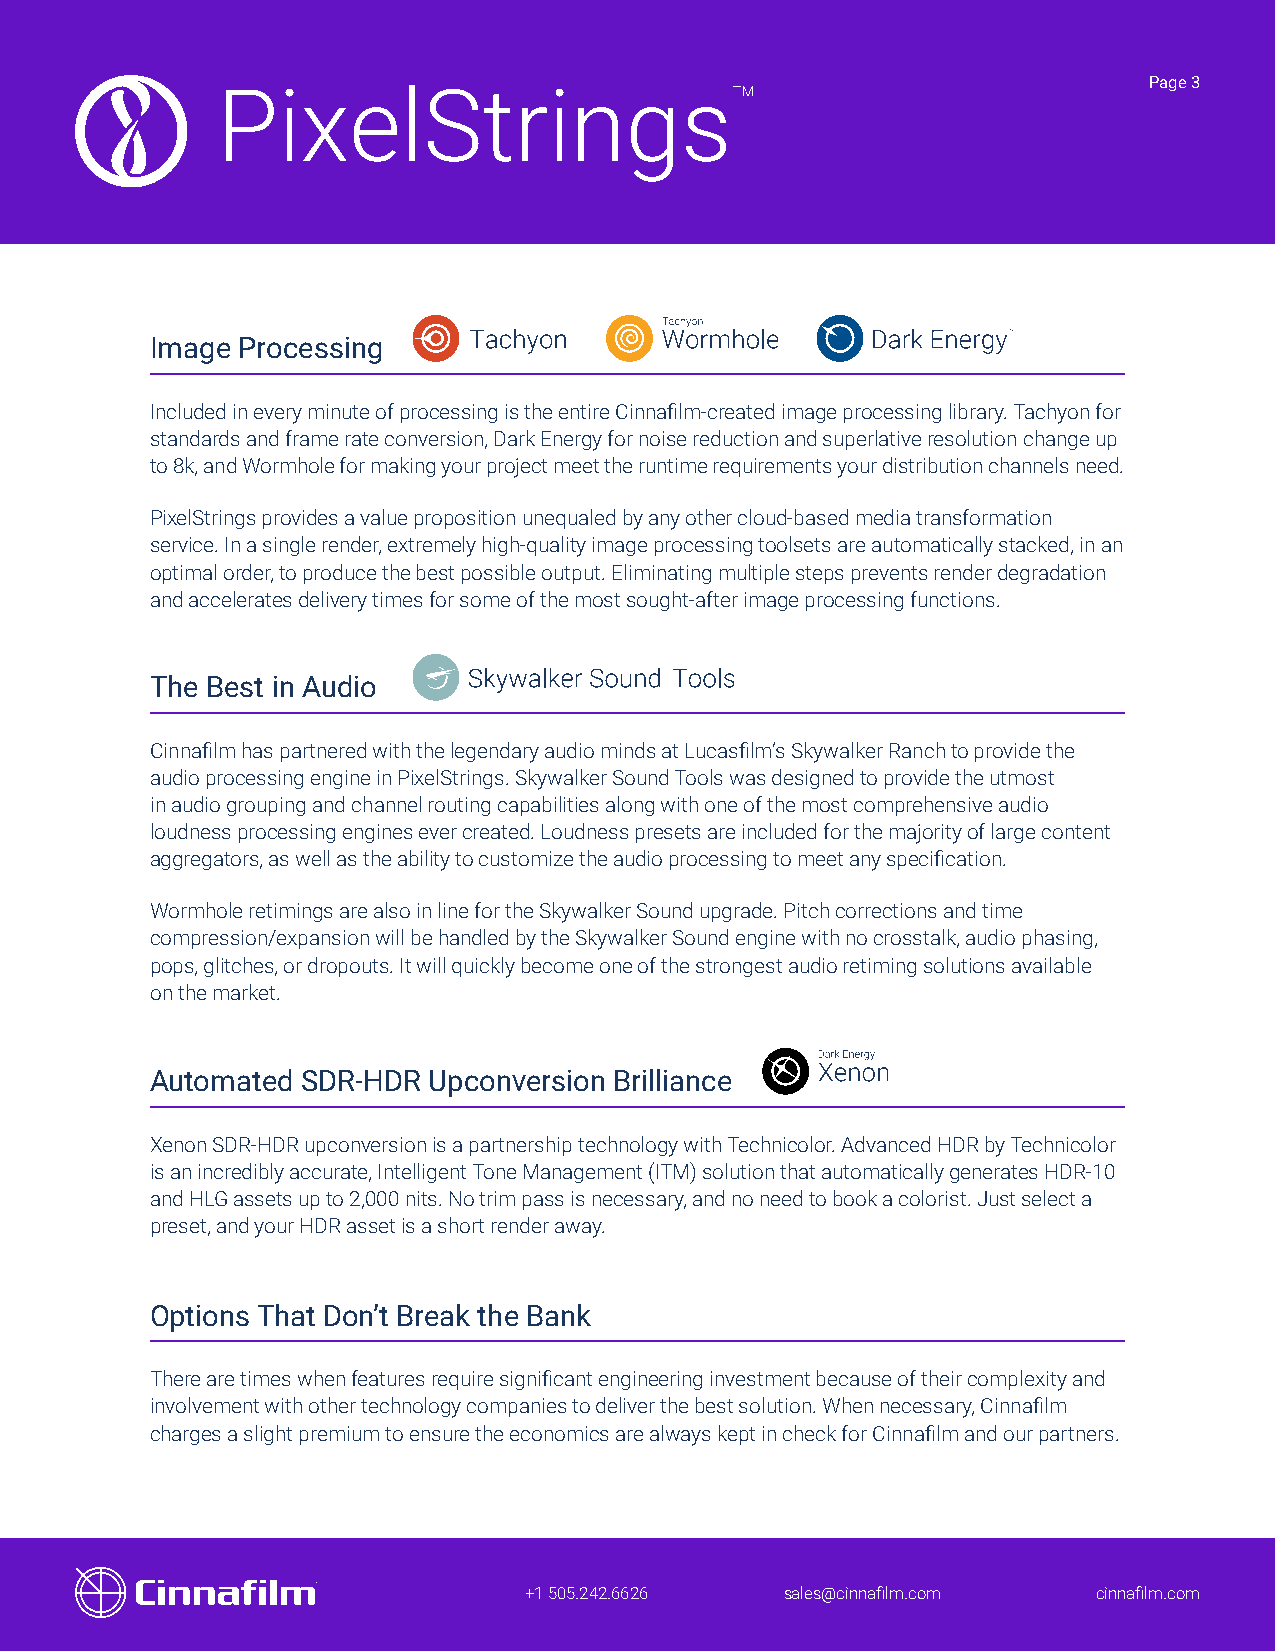
Page 3
 Image Processing
 Included in every minute of processing is the entire Cinnafilm-created image processing library. Tachyon for
 standards and frame rate conversion, Dark Energy for noise reduction and superlative resolution change up
 to 8k, and Wormhole for making your project meet the runtime requirements your distribution channels need.
 PixelStrings provides a value proposition unequaled by any other cloud-based media transformation
 service. In a single render, extremely high-quality image processing toolsets are automatically stacked, in an
 optimal order, to produce the best possible output. Eliminating multiple steps prevents render degradation
 and accelerates delivery times for some of the most sought-after image processing functions.
 The Best in Audio
 Cinnafilm has partnered with the legendary audio minds at Lucasfilm’s Skywalker Ranch to provide the
 audio processing engine in PixelStrings. Skywalker Sound Tools was designed to provide the utmost
 in audio grouping and channel routing capabilities along with one of the most comprehensive audio
 loudness processing engines ever created. Loudness presets are included for the majority of large content
 aggregators, as well as the ability to customize the audio processing to meet any specification.
 Wormhole retimings are also in line for the Skywalker Sound upgrade. Pitch corrections and time
 compression/expansion will be handled by the Skywalker Sound engine with no crosstalk, audio phasing,
 pops, glitches, or dropouts. It will quickly become one of the strongest audio retiming solutions available
 on the market.
 Automated SDR-HDR Upconversion Brilliance
 Xenon SDR-HDR upconversion is a partnership technology with Technicolor. Advanced HDR by Technicolor
 is an incredibly accurate, Intelligent Tone Management (ITM) solution that automatically generates HDR-10
 and HLG assets up to 2,000 nits. No trim pass is necessary, and no need to book a colorist. Just select a
 preset, and your HDR asset is a short render away.
 Options That Don’t Break the Bank
 There are times when features require significant engineering investment because of their complexity and
 involvement with other technology companies to deliver the best solution. When necessary, Cinnafilm
 charges a slight premium to ensure the economics are always kept in check for Cinnafilm and our partners.
 +1 505.242.6626  sales@cinnafilm.com  cinnafilm.com